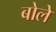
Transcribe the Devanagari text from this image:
बोलेे